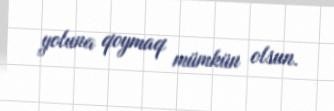
yoluna qoymaq mümkün olsun.